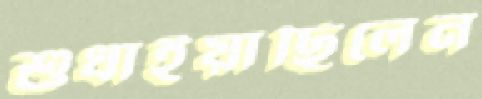
শুধাইয়াছিলেন